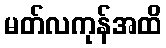
မတ်လကုန်အထိ